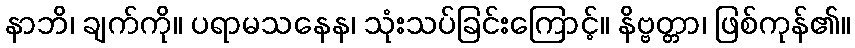
နာဘိ၊ ချက်ကို။ ပရာမသနေန၊ သုံးသပ်ခြင်းကြောင့်။ နိဗ္ဗတ္တာ၊ ဖြစ်ကုန်၏။